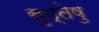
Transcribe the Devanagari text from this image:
सुप्तेषु